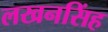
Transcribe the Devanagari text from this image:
लखनसिंह